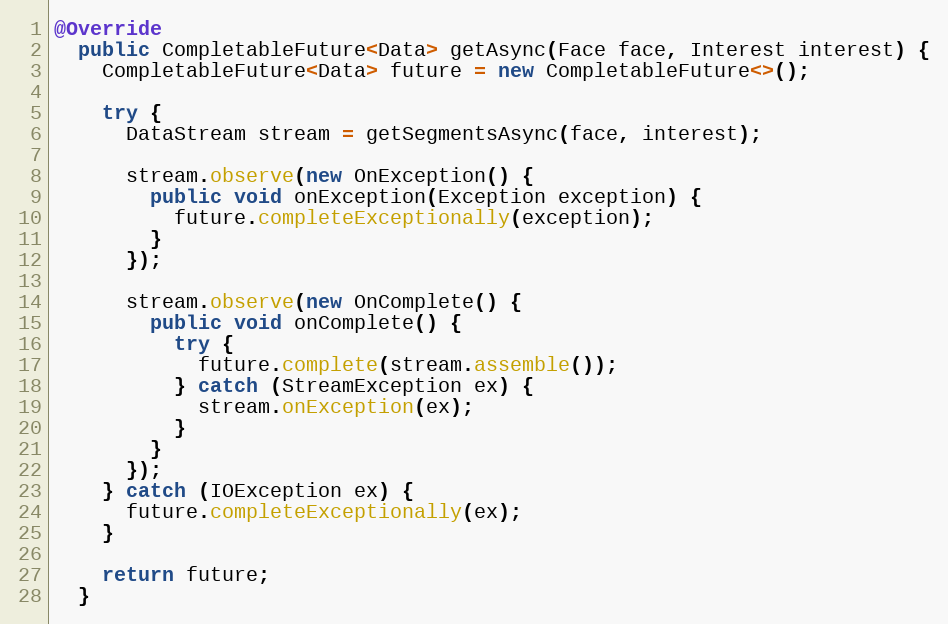
Language: Java
@Override
  public CompletableFuture<Data> getAsync(Face face, Interest interest) {
    CompletableFuture<Data> future = new CompletableFuture<>();

    try {
      DataStream stream = getSegmentsAsync(face, interest);

      stream.observe(new OnException() {
        public void onException(Exception exception) {
          future.completeExceptionally(exception);
        }
      });

      stream.observe(new OnComplete() {
        public void onComplete() {
          try {
            future.complete(stream.assemble());
          } catch (StreamException ex) {
            stream.onException(ex);
          }
        }
      });
    } catch (IOException ex) {
      future.completeExceptionally(ex);
    }

    return future;
  }